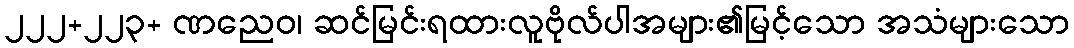
၂၂၂+၂၂၃+ ဏညေဝ၊ ဆင်မြင်းရထားလူဗိုလ်ပါအများ၏မြင့်သော အသံများသော